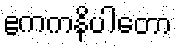
ဧကကနိပါတော